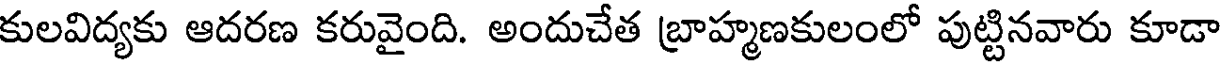
కులవిద్యకు ఆదరణ కరువైంది. అందుచేత బ్రాహ్మణకులంలో పుట్టినవారు కూడా